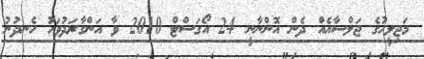
މަޖިލީހުގެ ޖަލްސާއެއް ދެން އޮންނާނީ 24 އޯގަސްޓް 2010 ވާ އަންގާރަދުވަހު ހެނދުނު